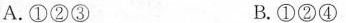
A.①②③ B.①②④